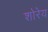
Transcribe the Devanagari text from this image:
शोरेय